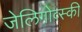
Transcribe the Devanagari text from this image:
जेलिगोव्स्की